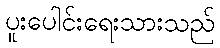
ပူးပေါင်းရေးသားသည်